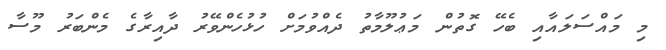
މި މައްސަލައާއި ބެހޭ ގޮތުން މަޢުލޫމާތު ދެއްވުމަށް ހުޅުހެންވޭރު ދާއިރާގެ މެންބަރު މޫސާ